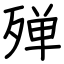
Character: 殚